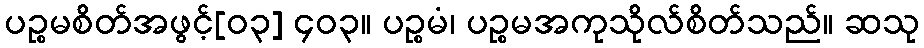
ပဉ္စမစိတ်အဖွင့်[၀၃] ၄၀၃။ ပဉ္စမံ၊ ပဉ္စမအကုသိုလ်စိတ်သည်။ ဆသု